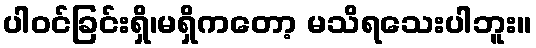
ပါဝင်ခြင်းရှိ၊မရှိကတော့ မသိရသေးပါဘူး။